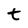
Character: t